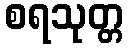
စရသုတ္တ